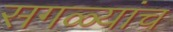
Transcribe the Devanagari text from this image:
सगळ्यांच